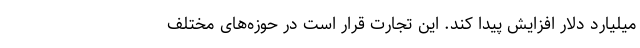
میلیارد دلار افزایش پیدا کند. این تجارت قرار است در حوزه‌های مختلف